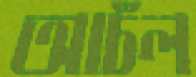
আচঁল